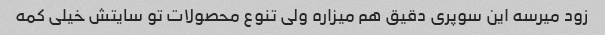
زود میرسه این سوپری دقیق هم میزاره ولی تنوع محصولات تو سایتش خیلی کمه